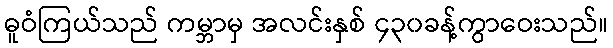
ဓူဝံကြယ်သည် ကမ္ဘာမှ အလင်းနှစ် ၄၃၀ခန့်ကွာဝေးသည်။